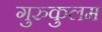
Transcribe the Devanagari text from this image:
गुरुकुलम